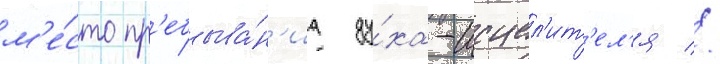
м'е́сто пр'ебыва́н'иа ду́ха-исцел'ит'ел'я //